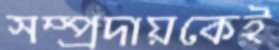
সম্প্রদায়কেই